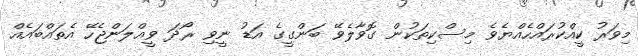
މިވަރު ކީއްކުރައްހެއްޔެވެ މިސްކިތަކުން ގޮވާލެވޭ ބަންގީގެ އަޑު ނީވި ރޯދަ ވީއްލަންޖެހޭ އެތައްބައެއް